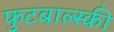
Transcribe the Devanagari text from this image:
फुटबाल्स्की